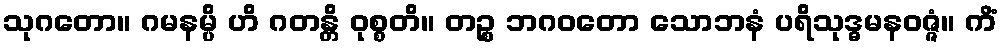
သုဂတော။ ဂမနမ္ပိ ဟိ ဂတန္တိ ဝုစ္စတိ။ တဉ္စ ဘဂဝတော သောဘနံ ပရိသုဒ္ဓမနဝဇ္ဇံ။ ကိံ